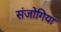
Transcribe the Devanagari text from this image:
संजोगिया